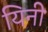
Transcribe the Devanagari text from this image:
यिनी